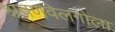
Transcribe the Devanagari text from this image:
श्रवणवेलगोला